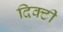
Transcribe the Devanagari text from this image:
दिक्टी